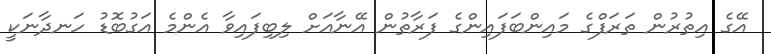
އޭގެ އިތުރުން ތަރަފްގެ މައިންބަފައިންގެ ފަރާތުން އޭނާއަށް ލިބިފައިވާ އެންމެ އަގުބޮޑު ހަނދާނަކީ